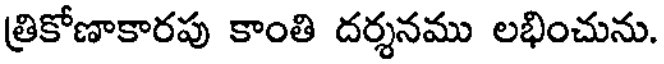
త్రికోణాకారపు కాంతి దర్శనము లభించును.